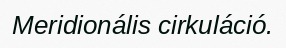
Meridionális cirkuláció.